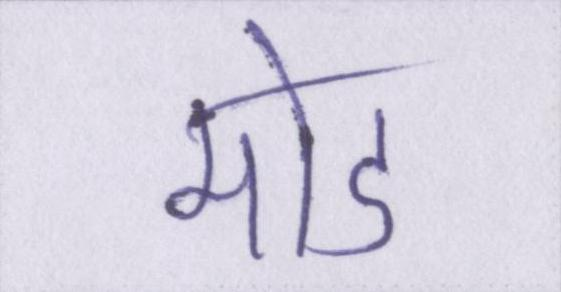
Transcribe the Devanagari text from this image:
मोड